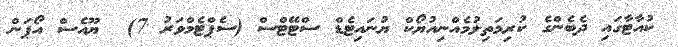
ކުއާޓާގައި ދެބެންގެ ކުރިމަތިލުމެއްނިއުޔޯކް ޔުނައިޓެޑް ސްޓޭޓްސް (ސެޕްޓެމްވަރު 7)  ޔޫއެސް އޯޕަން